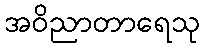
အဝိညာတာရေသု